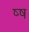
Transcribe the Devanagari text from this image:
ष्ष